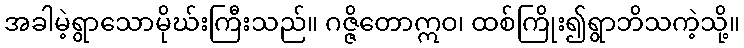
အခါမဲ့ရွာသောမိုဃ်းကြီးသည်။ ဂဇ္ဇိတောဣဝ၊ ထစ်ကြိုး၍ရွာဘိသကဲ့သို့။